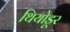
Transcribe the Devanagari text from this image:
थियोडूर